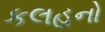
કલહનો